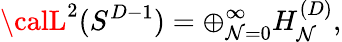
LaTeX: {\calL}^{2}(S^{D-1})=\oplus_{\mathcal{N}=0}^{\infty}H_{\mathcal{N}}^{(D)},